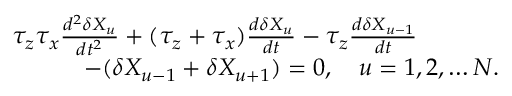
\begin{array} { r l } & { \tau _ { z } \tau _ { x } \frac { d ^ { 2 } \delta X _ { u } } { d t ^ { 2 } } + ( \tau _ { z } + \tau _ { x } ) \frac { d \delta X _ { u } } { d t } - \tau _ { z } \frac { d \delta X _ { u - 1 } } { d t } } \\ & { ~ ~ ~ ~ ~ ~ ~ ~ ~ - ( \delta X _ { u - 1 } + \delta X _ { u + 1 } ) = 0 , ~ ~ ~ u = 1 , 2 , \dots N . } \end{array}